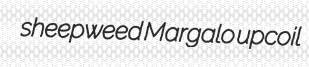
sheepweed Margalo upcoil